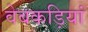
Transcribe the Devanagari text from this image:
वेबकड़ियां